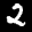
Label: 2